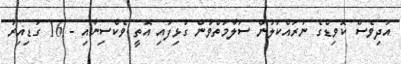
އަދިވެސް ކޮވިޑްގެ ނުރައްކަލުން ސަލާމަތްވުން ގުޅިފައި އޮތީ ވެކްސިނާއި - 16 ގަޑިއިރު